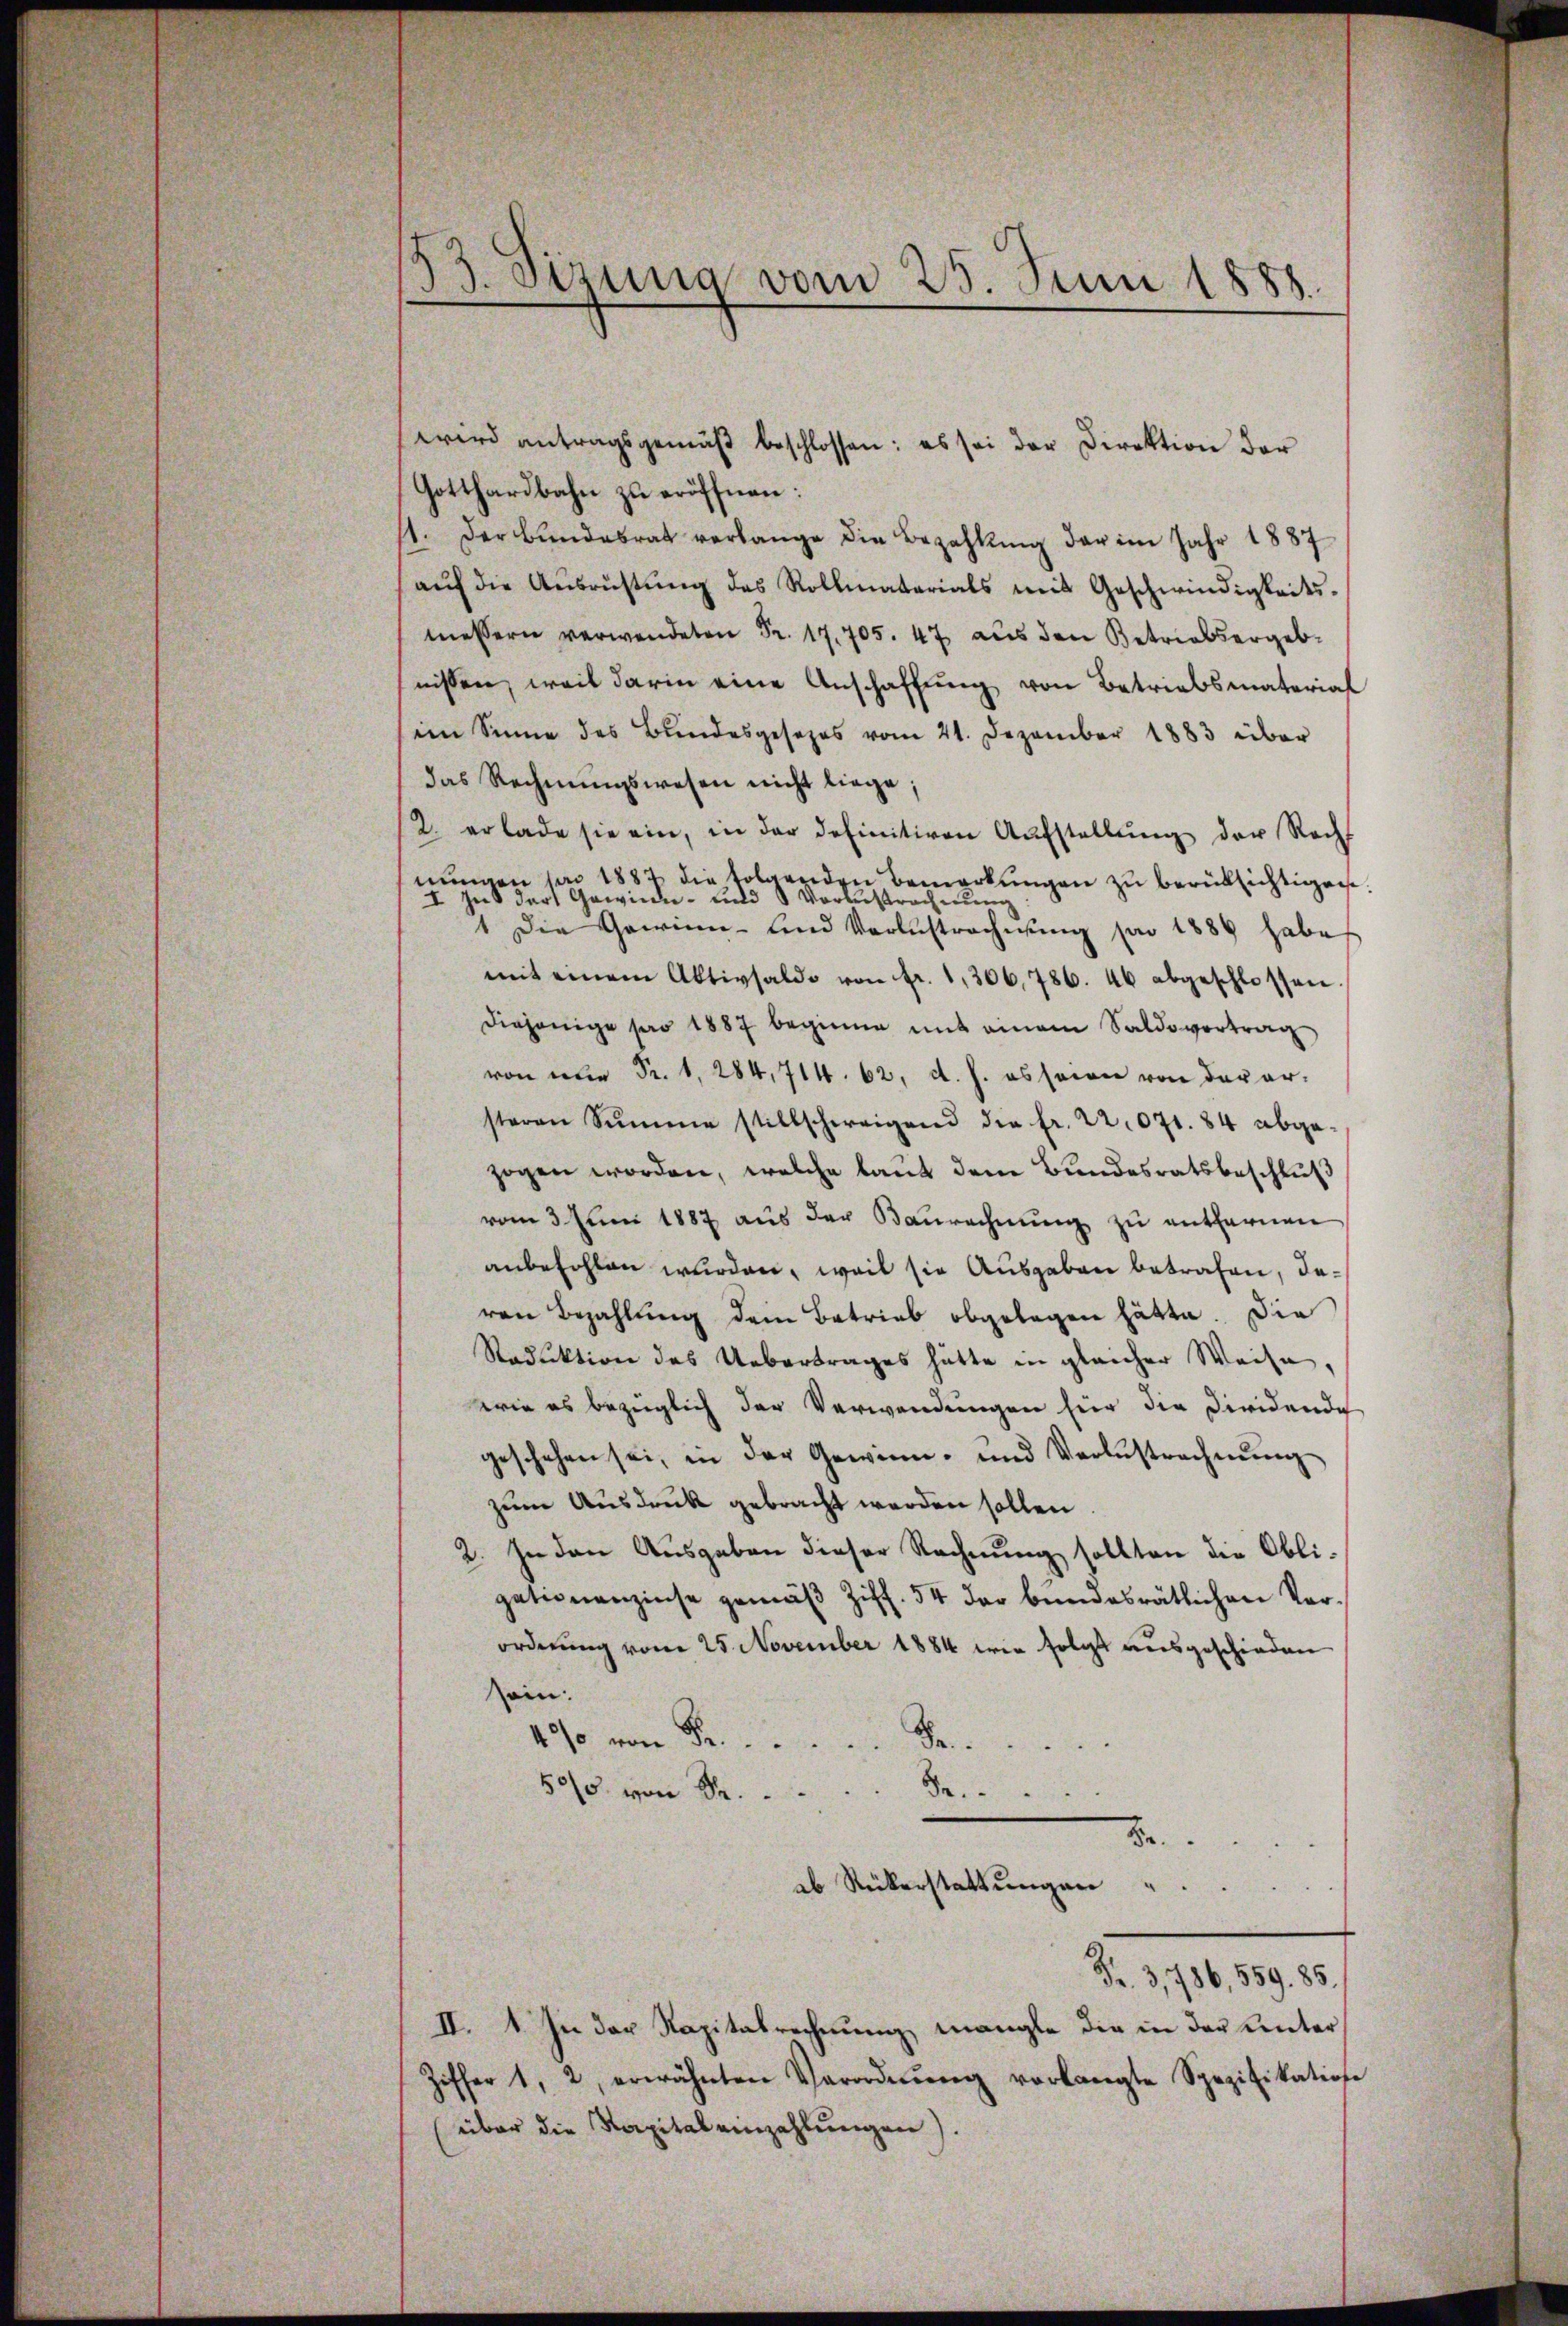
53. Sizung vom 25. Juni 1888.

wird antragsgemäβ beschlossen: es sei der Direktion der
Gotthardbahn zu eröffnen:
1. Der Bŭndesrat verlange die Bezahlŭng der im Jahr 1887
aŭf die Aŭsrüstŭng des Rollmatarials mit Geschwindigkeits-
.
nissen, weil darin eine Anschaffung von Betriebsmaterial
iin Sinne des Bundesgesezes vom 21. Dezember 1883 über
das Rechnungswesen nicht liege
/2. erlade sie ein, in der definitiven Aŭfstellŭng der Recht
nŭngen pro 1887 die folgenden Bemerkŭngen zŭ berüksichtigen
nes der Gewinde- und Vorberstrechnung
I
1 die Gewinn- und Verlustrechnung pr 1889 habe
mit einem Aktivsaldo von fr. 1, 306. 786. 46 abgeschlossen.
diejenige pro 1887 beginne mit einem Saldovortrag
von nur Fr. 1. 284,714. 62. d. h. es seien von der arsteren Summe stillschweigend die fr. 22071. 84 abge-
zogen worden, welche laŭt dem Bŭndesratsbeschlŭβ
vom 3. Juni 1887 aus der Baurechnung zu entfernen
anbefohlen wurden, weil sie Ausgaben betrafen, davon Bezahlung dem Betrieb abgelegen hätte. Die
Raduktion des Uebertrages hätte in gleicher Weise
wie es bezüglich der Verwendungen hier die Diridende
geschehen sei, in der Gewinn- und Verlustrechnŭng
zum Ausdruck gebracht werden sollen
2. In den Ausgaben dieser Rechnung sollten die Obli-
gationenzinse gemäβ Ziff. 54 der bundesrätlichen Verordnung vom 25. November 1884 wie folgt ausgeschieden
ein.
40/0 von Fr.  ..  ..  ..
Be.
50/5. von Sr.
Be
ab Rükerstattungen "
Fr. 3,786, 559. 85.
II. 1. In der Kapitalrechnung mangte die in der Unter¬
Ziffer 1, 2, erwähnten Verordnŭng vorlangte Spezifikation
(über die Kapital einzahlungen).